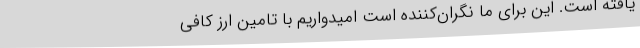
یافته است. این برای ما نگران‌کننده است امیدواریم با تامین ارز کافی